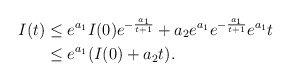
\begin{align*}I(t)&\le e^{a_1}I(0)e^{-\frac{a_1}{t+1}}+a_2e^{a_1} e^{-\frac{a_1}{t+1}}e^{a_1}t\\ &\le e^{a_1}(I(0)+a_2t).\end{align*}